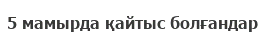
5 мамырда қайтыс болғандар